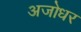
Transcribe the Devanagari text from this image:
अजोधर